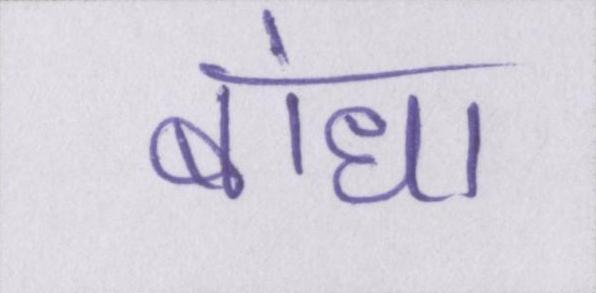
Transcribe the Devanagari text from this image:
बांधा